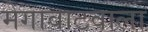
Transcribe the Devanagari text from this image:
मेगावाटवाला